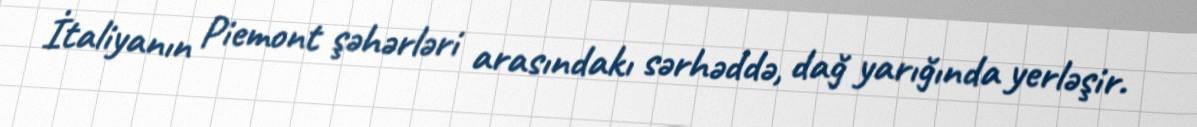
İtaliyanın Piemont şəhərləri arasındakı sərhəddə, dağ yarığında yerləşir.